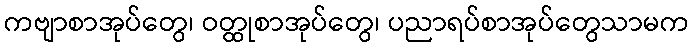
ကဗျာစာအုပ်တွေ၊ ဝတ္ထုစာအုပ်တွေ၊ ပညာရပ်စာအုပ်တွေသာမက